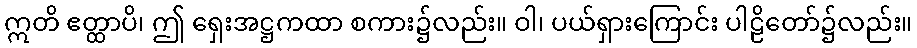
ဣတိ ဧတ္ထာပိ၊ ဤ ရှေးအဋ္ဌကထာ စကား၌လည်း။ ဝါ၊ ပယ်ရှားကြောင်း ပါဠိတော်၌လည်း။